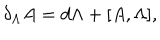
LaTeX: \delta _ { \Lambda } A = d \Lambda + [ A , \Lambda ] ,